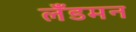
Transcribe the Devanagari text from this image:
लँडमन